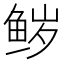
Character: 𮬝